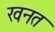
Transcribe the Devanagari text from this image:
खनत